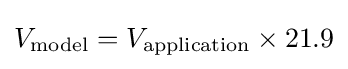
V_{\text{model}}=V_{\text{application}}\times 21.9